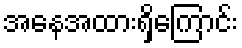
အနေအထားရှိကြောင်း